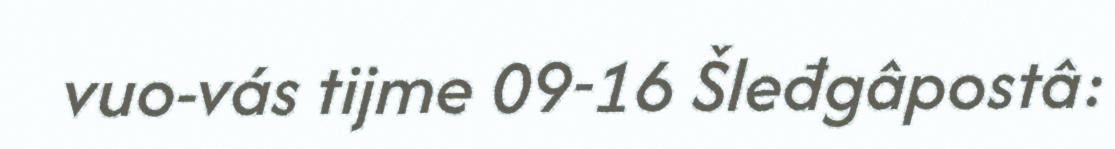
vuo-vás tijme 09-16 Šleđgâpostâ: